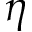
\eta